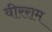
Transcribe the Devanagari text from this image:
वीरराम